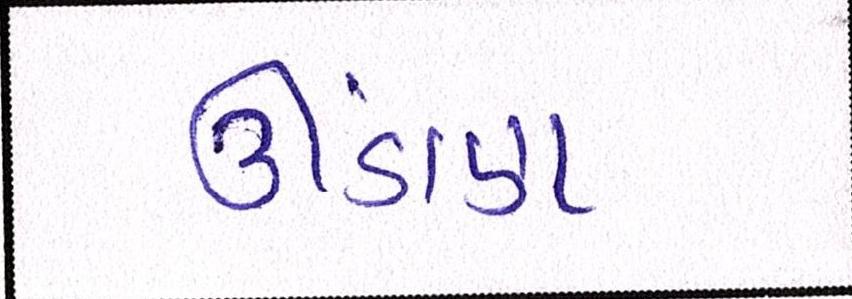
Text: ઊંડાણ